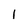
Character: 1